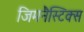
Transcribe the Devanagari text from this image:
जिमनैस्टिक्स